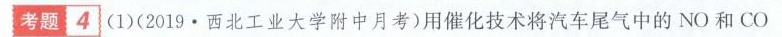
考题：4 (1)(2019·西北工业大学附中月考)用催化技术将汽车尾气中的NO和CO